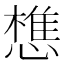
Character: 𢡫